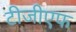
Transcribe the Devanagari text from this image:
टीजीएफ